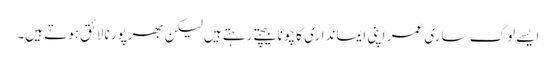
ایسے لوگ ساری عمر اپنی ایمانداری کا چونا بیچتے رہتے ہیں لیکن بھرپور نالائق ہوتے ہیں۔